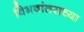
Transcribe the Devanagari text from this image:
विभवांतराच्या